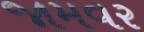
જામવર